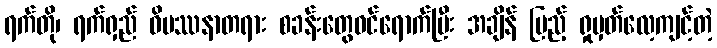
ရက်တို၊ ရက်ရှည် ဝိပဿနာတရား စခန်းတွေဝင်ရောက်ပြီး အချိန် ပြည့် ရှုမှတ်လေ့ကျင့်တဲ့